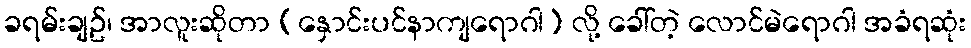
ခရမ်းချဥ်၊ အာလူးဆိုတာ (နှောင်းပင်နာကျရောဂါ) လို့ ခေါ်တဲ့ လောင်မဲရောဂါ အခံရဆုံး